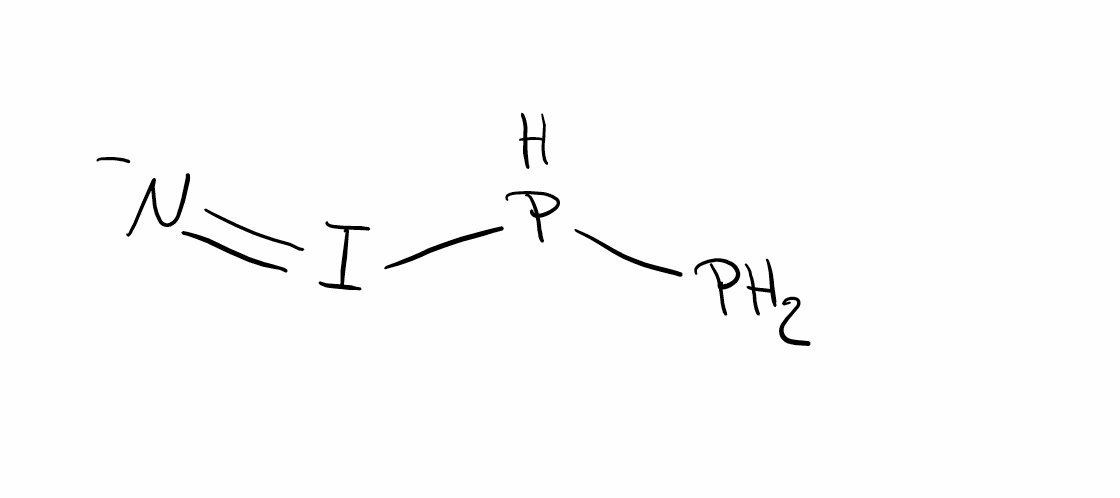
Simplified molecular-input line-entry system (SMILES) notation of the given molecule:
[N-]=IPP